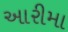
આરીમા